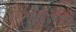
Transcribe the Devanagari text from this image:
सत्यासाठीं